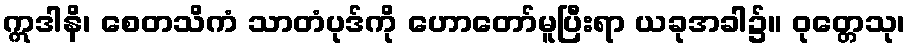
ဣဒါနိ၊ စေတသိကံ သာတံပုဒ်ကို ဟောတော်မူပြီးရာ ယခုအခါ၌။ ဝုတ္တေသု၊